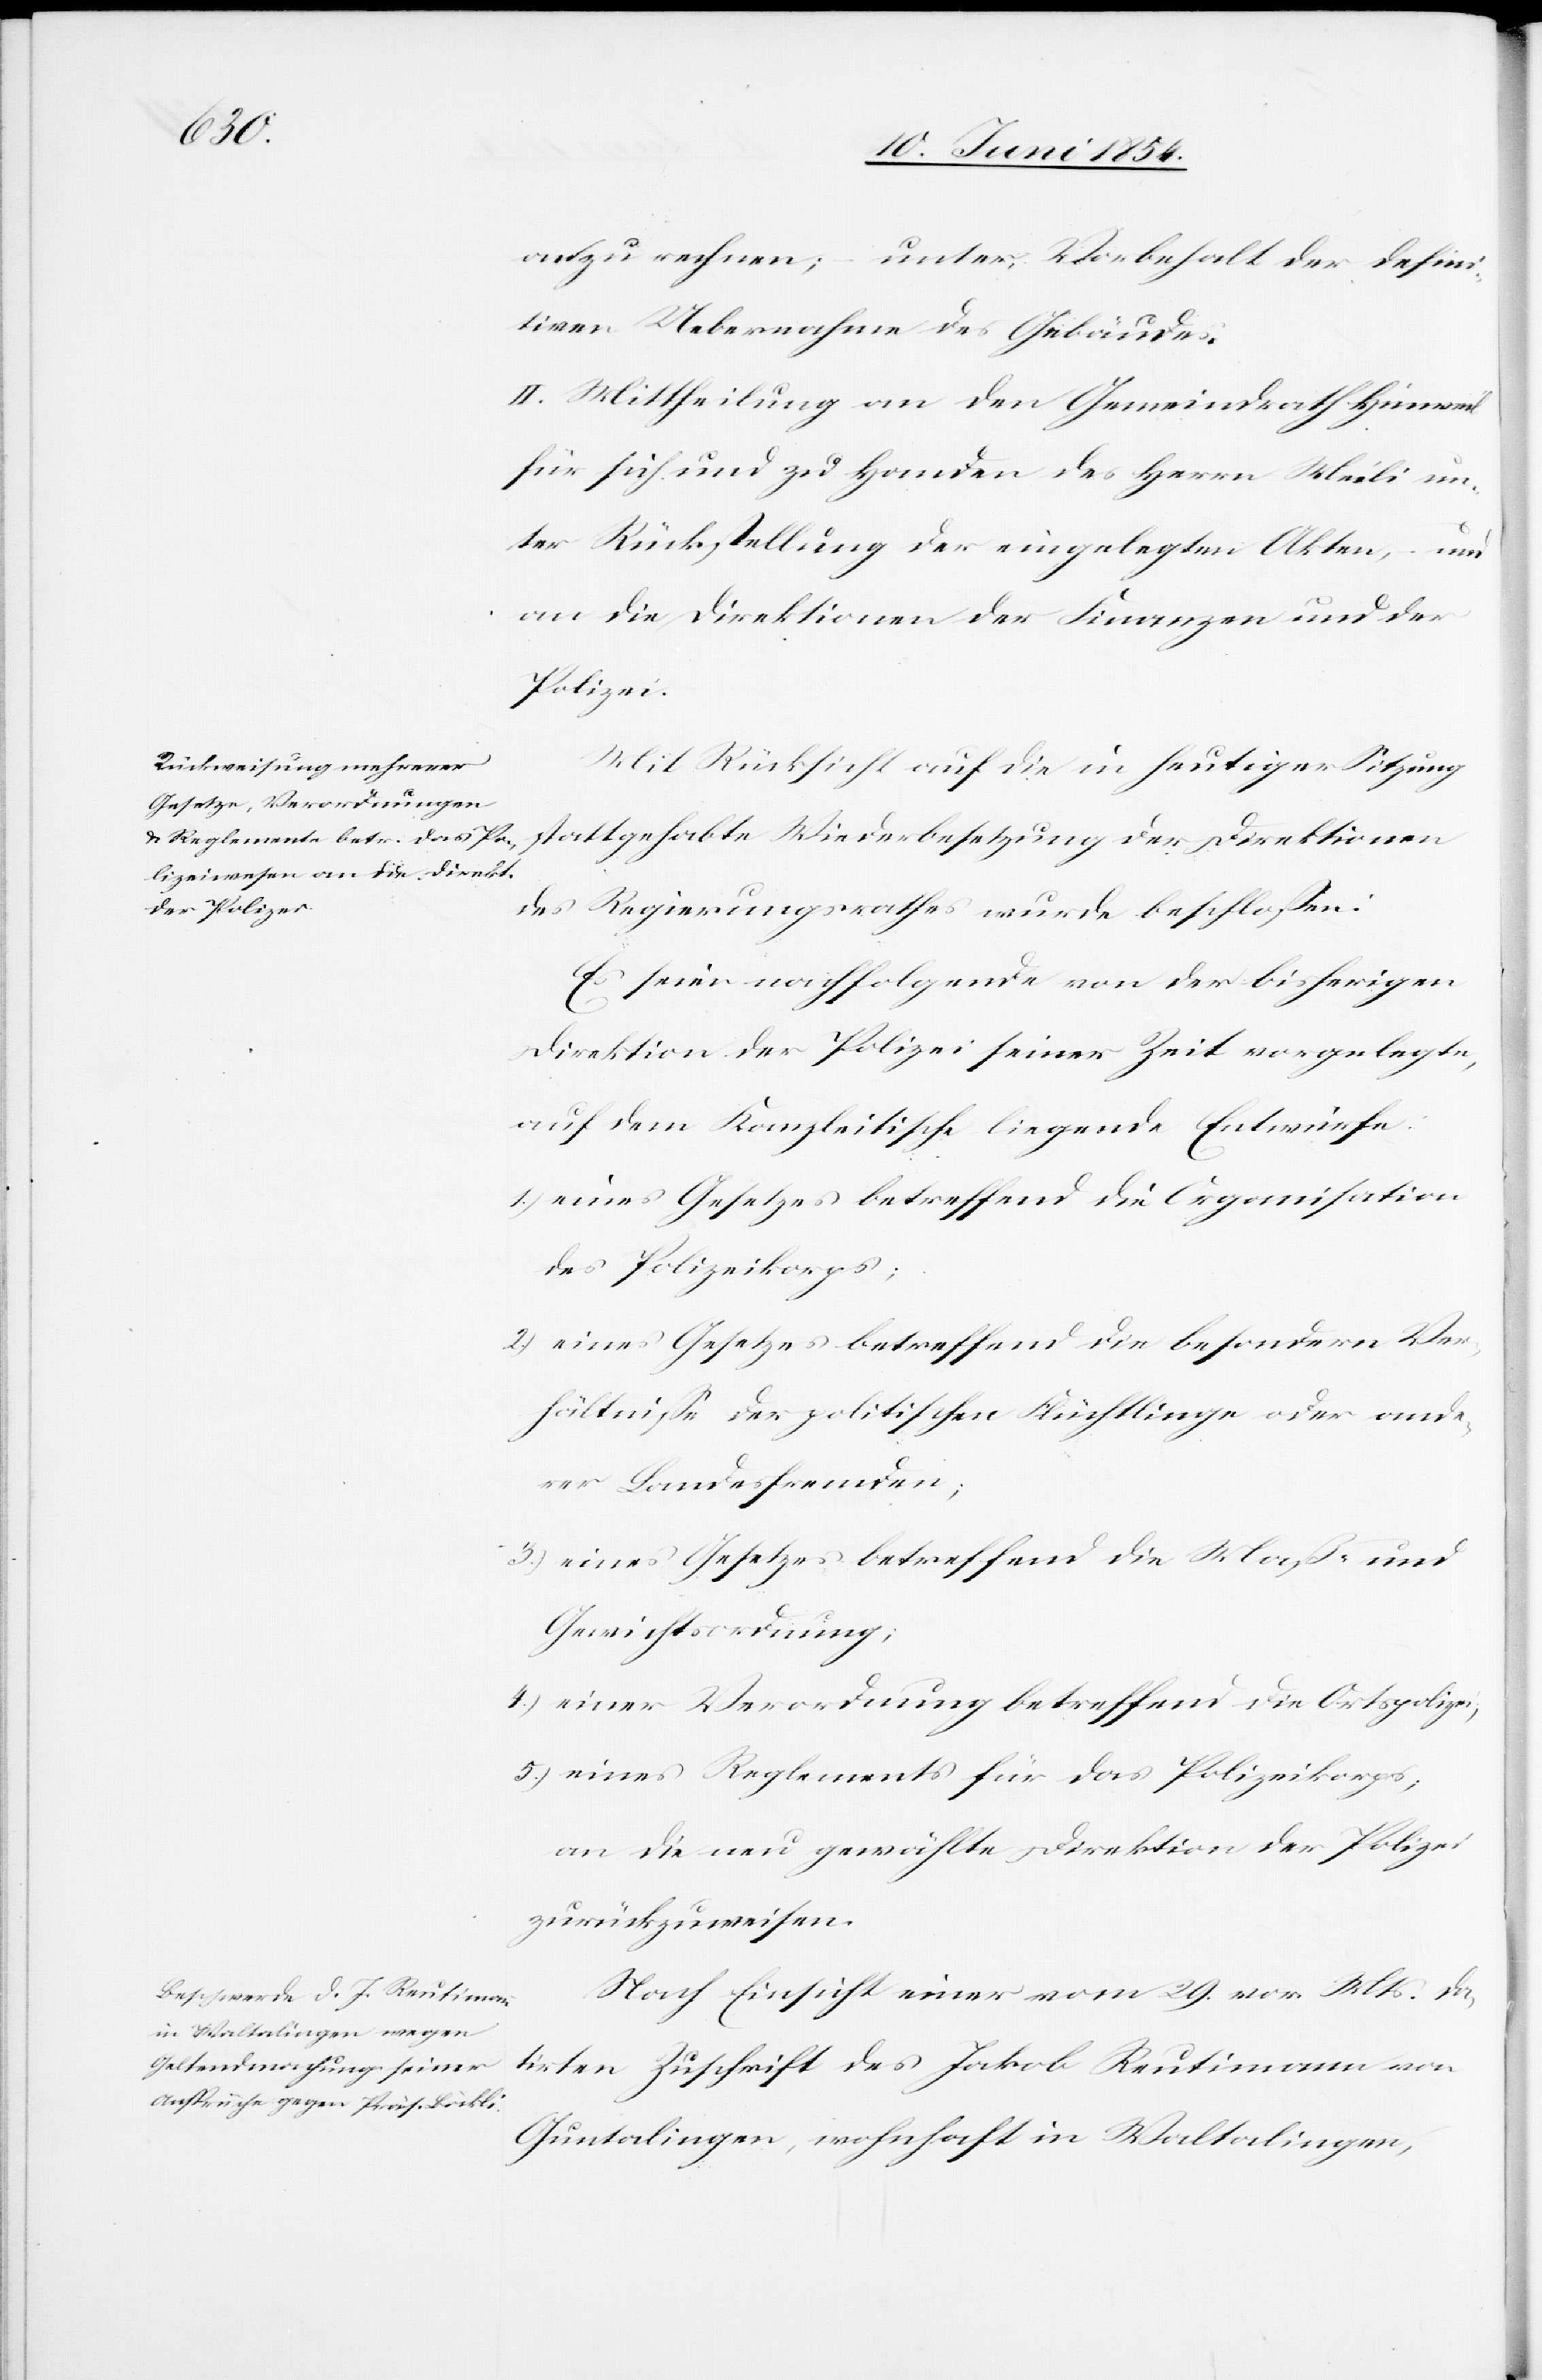
anzurechnen; unter Vorbehalt der defini¬
tiven Uebernahme des Gebäudes.
II. Mittheilung an den Gemeindrath Hinweil
für sich und zu Handen des Herrn Meili un¬
ter Rückstellung der eingelegten Akten, – und
an die Direktionen der Finanzen und der
Polizei.
Mit Rücksicht auf die in heutiger Sitzung
stattgehabte Wiederbesetzung der Direktionen
des Regierungsrathes wurde beschloßen:
Es seien nachfolgende von der bisherigen
Direktion der Polizei seiner Zeit vorgelegte,
auf dem Kanzleitische liegende Entwürfe:
1.) eines Gesetzes betreffend die Organisation
des Polizeikorps;
2.) eines Gesetzes betreffend die besondern Ver¬
hältniße der politischen Flüchtlinge oder ande¬
rer Landesfremden;
3.) eines Gesetzes betreffend die Maß- und
Gewichtsordnung;
4.) einer Verordnung betreffend die Ortspolizei;
5.) eines Reglements für das Polizeikorps;
an die neu gewählte Direktion der Polizei
zurückzuweisen.
Nach Einsicht einer vom 29. vor. Mts. da¬
tirten Zuschrift des Jakob Reutimann von
Guntalingen, wohnhaft in Waltalingen,